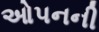
ઓપનની